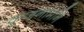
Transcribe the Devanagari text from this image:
कुजनामनि